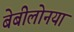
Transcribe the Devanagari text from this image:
बेबीलोनया